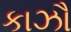
કાઝૌ